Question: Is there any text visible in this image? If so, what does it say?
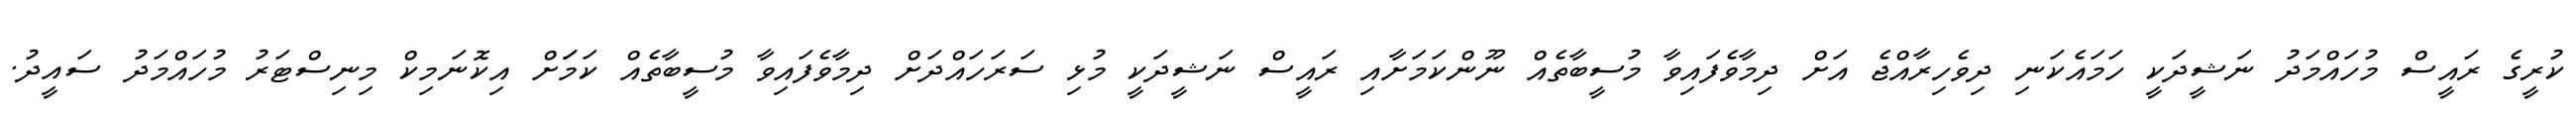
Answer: ކުރީގެ ރައީސް މުހައްމަދު ނަޝީދަކީ ހަމައެކަނި ދިވެހިރާއްޖެ އަށް ދިމާވެފައިވާ މުސީބާތެއް ނޫންކަމަށާއި ރައީސް ނަޝީދަކީ މުޅި ސަރަހައްދަށް ދިމާވެފައިވާ މުސީބާތެއް ކަމަަށް އިކޮނަމިކް މިނިސްޓަރު މުހައްމަދު ސައީދު.